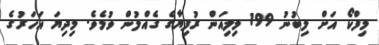
މިފްކޯ އަށް ލިބުނު 199 މިލިއަން ރުފިޔާގެ ގެއްލުން ވުމެވެ. މިދިޔަ އަހަރުގެ